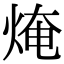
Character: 㷈